Document type: Testament
Year: 1362
Scribe: Berenguer Vergós
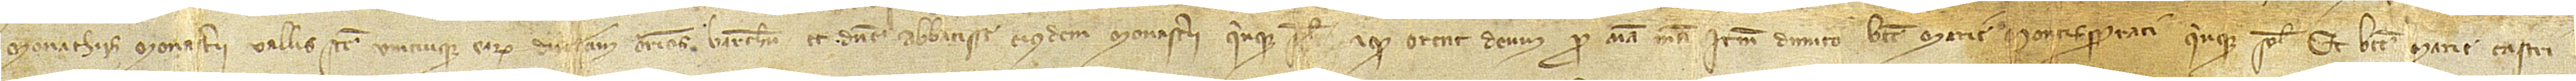
monachis monasterii Vallis Sancte unicuique earum duodecim denarios Barchinone, et domine abbatisse eiusdem monasterii quinque solidos, et quod orent Deum pro anima mea. Item, dimito Beate Marie Montisserrati quinque solidos, et Beate Marie Castri-